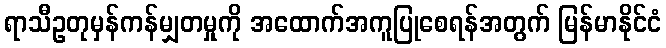
ရာသီဥတုမှန်ကန်မျှတမှုကို အထောက်အကူပြုစေရန်အတွက် မြန်မာနိုင်ငံ